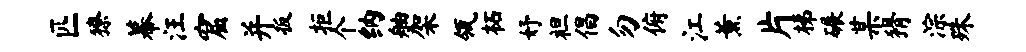
匹獠幕汪窟并扳拒个纳舳架瓴柘妤袒倡勿俯江薰片梯碾某猾淙殊